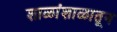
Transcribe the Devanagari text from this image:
शाळांशाळातून